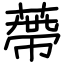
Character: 蔕